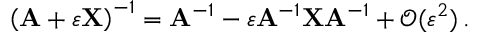
\left( \mathbf { A } + \varepsilon \mathbf { X } \right) ^ { - 1 } = \mathbf { A } ^ { - 1 } - \varepsilon \mathbf { A } ^ { - 1 } \mathbf { X } \mathbf { A } ^ { - 1 } + { \mathcal { O } } ( \varepsilon ^ { 2 } ) \, .